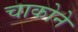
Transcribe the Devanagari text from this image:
चाकोने